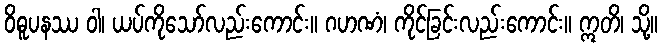
ဝိဓူပနဿ ဝါ၊ ယပ်ကိုသော်လည်းကောင်း။ ဂဟဏံ၊ ကိုင်ခြင်းလည်းကောင်း။ ဣတိ၊ သို့။